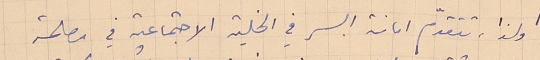
ولذا، تتقدّم امانة السر في الخلية الاجتماعية في مصلحة